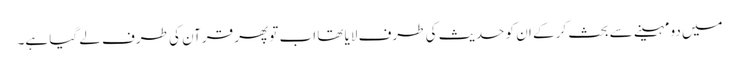
میں دو مہینے سے بحث کر کے ان کو حدیث کی طرف لایا تھا اب تو پھر قرآن کی طرف لے گیا ہے۔